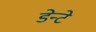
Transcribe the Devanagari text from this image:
डेन्टे